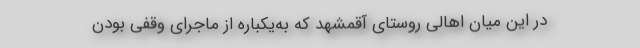
در این میان اهالی روستای آقمشهد که به‌یکباره از ماجرای وقفی بودن